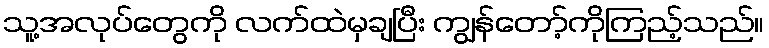
သူ့အလုပ်တွေကို လက်ထဲမှချပြီး ကျွန်တော့်ကိုကြည့်သည်။